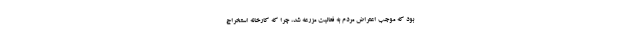
بود که موجب اعتراض مردم به فعالیت مزرعه شد، چرا که کارخانه استخراج